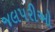
જલપરીઓ